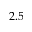
2 . 5